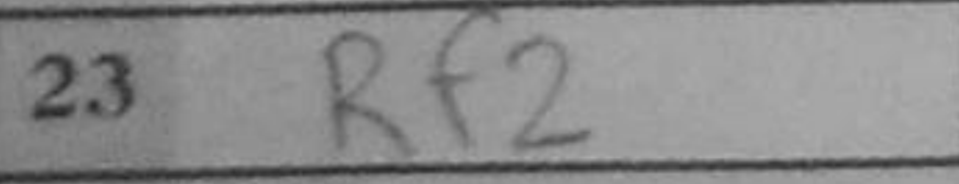
Transcription: Rf2